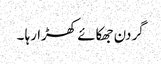
گردن جھکائے کھڑا رہا ۔